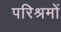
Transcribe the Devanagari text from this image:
परिश्रमों